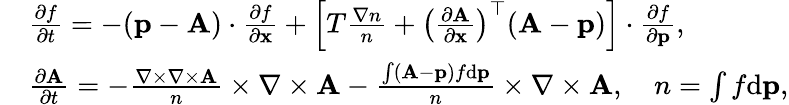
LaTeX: \begin{array}{rl}&{\frac{\partial f}{\partial t}=-({\mathbf p}-{\mathbf A})\cdot\frac{\partial f}{\partial{\mathbf x}}+\left[T\frac{\nabla n}{n}+\left(\frac{\partial{\mathbf A}}{\partial\mathbf x}\right)^{\top}({\mathbf A}-{\mathbf p})\right]\cdot\frac{\partial f}{\partial{\mathbf p}},}\\ &{\frac{\partial{\mathbf A}}{\partial t}=-\frac{\nabla\times\nabla\times{\mathbf A}}{n}\times{\nabla\times{\mathbf A}}-\frac{\int({\mathbf A}-{\mathbf p})f\mathrm{d}{\mathbf p}}{n}\times{\nabla\times{\mathbf A}},\quad n=\int f\mathrm{d}{\mathbf p},}\end{array}